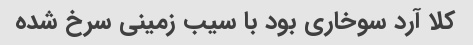
کلا آرد سوخاری بود با سیب زمینی سرخ شده